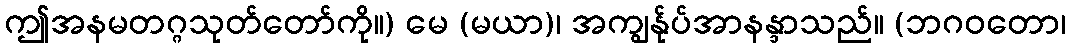
ဤအနမတဂ္ဂသုတ်တော်ကို။) မေ (မယာ)၊ အကျွန်ုပ်အာနန္ဒာသည်။ (ဘဂဝတော၊